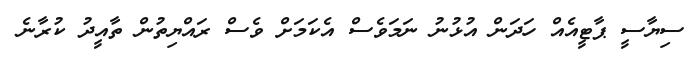
ސިޔާސީ ޕާޓީއެއް ހަދަން އުޅުނު ނަމަވެސް އެކަމަށް ވެސް ރައްޔިތުން ތާއީދު ކުރާނެ